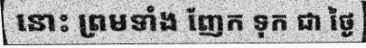
នោះ ព្រមទាំង ញែក ទុក ជា ថ្ងៃ